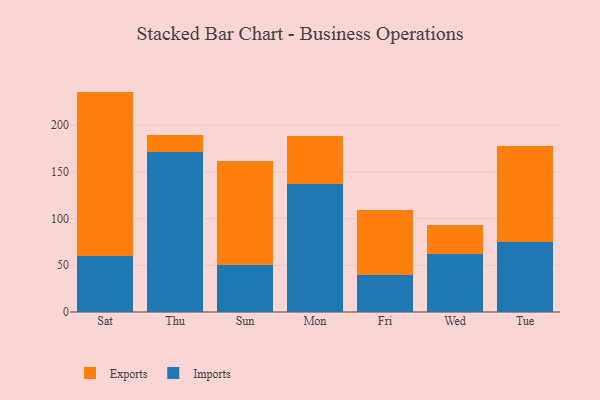
{"axis": {"x": "Day", "y": "Tickets Resolved"}, "legend": ["Exports", "Imports"], "data": [{"x": "Sat", "y": 59.8, "type": "Imports"}, {"x": "Sat", "y": 176.1, "type": "Exports"}, {"x": "Thu", "y": 170.8, "type": "Imports"}, {"x": "Thu", "y": 18.9, "type": "Exports"}, {"x": "Sun", "y": 50.1, "type": "Imports"}, {"x": "Sun", "y": 111.7, "type": "Exports"}, {"x": "Mon", "y": 137.4, "type": "Imports"}, {"x": "Mon", "y": 51.1, "type": "Exports"}, {"x": "Fri", "y": 39.7, "type": "Imports"}, {"x": "Fri", "y": 69.6, "type": "Exports"}, {"x": "Wed", "y": 62.5, "type": "Imports"}, {"x": "Wed", "y": 30.9, "type": "Exports"}, {"x": "Tue", "y": 75.0, "type": "Imports"}, {"x": "Tue", "y": 102.8, "type": "Exports"}]}